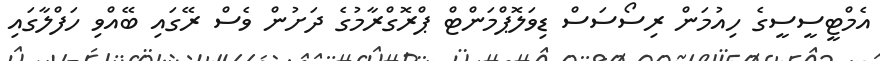
އެމްޓީސީސީގެ ހިއުމަން ރިސޯސަސް ޑިވަލޮޕްމަންޓް ޕްރޮގްރާމުގެ ދަށުން ވެސް ރޭގައި ބޭއްވި ހަފްލާގައި